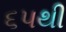
૬૫થી